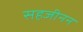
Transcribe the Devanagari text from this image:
सहजीनन